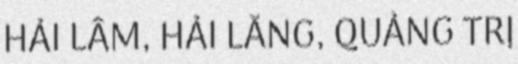
HẢI LÂM, HẢI LĂNG, QUẢNG TRỊ